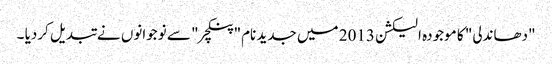
"دھاندلی" کا موجودہ الیکشن 2013 میں جدید نام" پنکچر" سے نوجوانوں نے تبدیل کردیا ۔